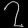
Digit: ၇